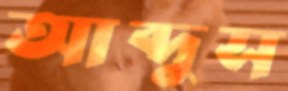
আব্দুস